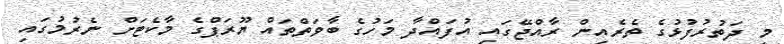
މި ދަތުރުފުޅުގެ ތެރެއިން ރާއްޖޭގައި އުފައްދާ މަހުގެ ބާވަތްތައް ޔޫރަޕްގެ މާކެޓަށް ނެރުމުގައި